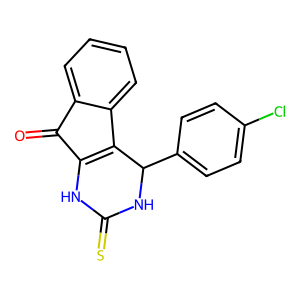
SMILES: O=C1C2=C(c3ccccc31)C(c1ccc(Cl)cc1)NC(=S)N2
Inhibits HIV replication: No